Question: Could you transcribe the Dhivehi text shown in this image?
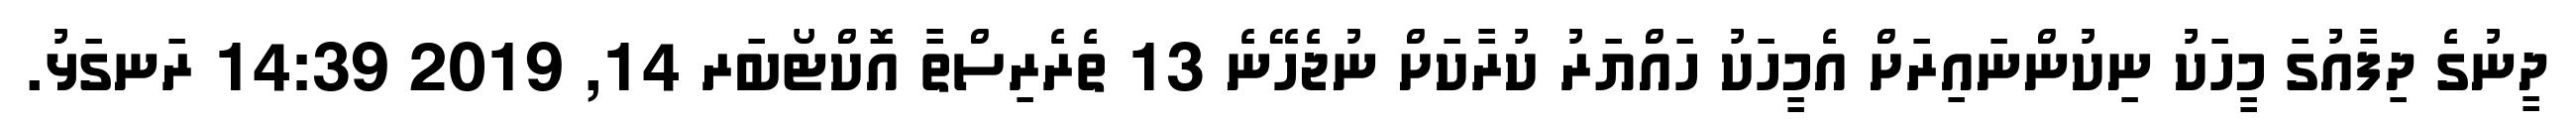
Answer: ދީނުގެ ދިފާއުގަ މީހަކު ނިކުންނައިރަށް އެމީހަކު ހައްޔަރު ކުރާކަށް ނުޖެހޭނެ 13 ތެރެރިސްތާ އޮކްޓޯބަރ 14, 2019 14:39 ރަނގަޅު.